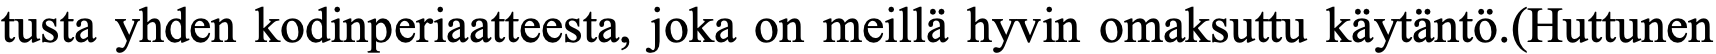
tusta yhden kodinperiaatteesta, joka on meillä hyvin omaksuttu käytäntö.(Huttunen